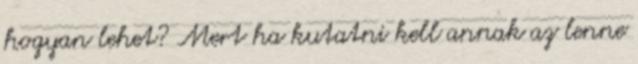
hogyan lehet? Mert ha kutatni kell annak az lenne